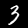
Digit: 3